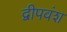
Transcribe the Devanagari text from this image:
द्वीपवंश